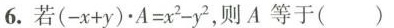
6.若$$( - x + y ) \cdot A = x ^ { 2 } - y ^ { 2 }$$,则A 等于( )